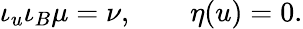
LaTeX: \iota_{u}\iota_{B}\mu=\nu,\qquad\eta(u)=0.